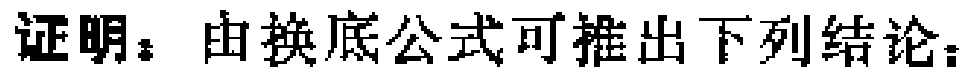
证明：由换底公式可推出下列结论：